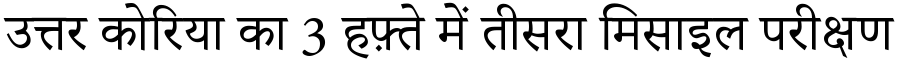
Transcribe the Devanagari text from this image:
उत्तर कोरिया का 3 हफ़्ते में तीसरा मिसाइल परीक्षण